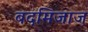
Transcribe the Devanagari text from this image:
बदमिजाज